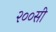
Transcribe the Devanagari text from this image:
२००सी